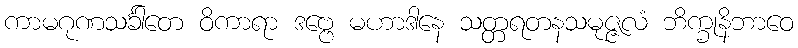
ကာမဂုဏသင်္ခါတေ ဝိကာရာ ဒဗ္ဗေ မဟာဒါနေ သတ္တရတနသမုဇ္ဇလံ ဘိက္ခုနိဘာဝေ